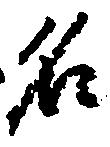
名